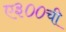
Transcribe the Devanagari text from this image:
ए३००ची